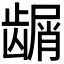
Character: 𬺑